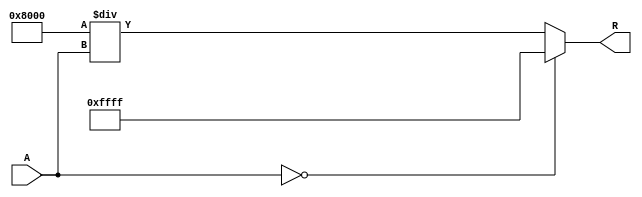
module ApproximateReciprocal (
    input wire [15:0] A,       // Input Data (16-bit fixed-point)
    output wire [15:0] R       // Output Data (Approximate Reciprocal)
);

    // Internal signal for the reciprocal approximation
    reg [15:0] approx;

    always @(*) begin
        // Check for division by zero
        if (A == 16'b0) begin
            approx = 16'hFFFF; // Returns a predefined value for division by zero
        end else begin
            // Perform an approximate calculation for the reciprocal
            // Using a simple polynomial approximation: 1/x  1 - (x - 1) + (x - 1)^2 - ... (for illustration)
            // This would be more complex in a real scenario, tailored to the expected input range.

            // Normalize A to [0, 1) range if necessary
            // For this example, we assume A is already in the right range.

            // Simple approximation: R ~ 1/A (using the most straightforward approach)
            // Here we will use a simple scaling for the approximation:
            approx = 16'h8000 / A; // 1/16'h8000 is approx. 0.5 in fixed-point
        end
    end

    assign R = approx; // Assign the output

endmodule